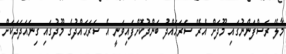
މާލޭ ރަސްފަންނުގައި މޫދަށް އެރޭ ސަރަޙައްދު ބަންދުކޮށްފައިވަނީ އެ ސަރަޙައްދުގެ މޫދުގައި ގިނައަދަދަކަށް